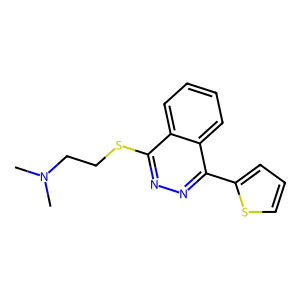
SMILES: CN(C)CCSc1nnc(-c2cccs2)c2ccccc12
Inhibits HIV replication: No